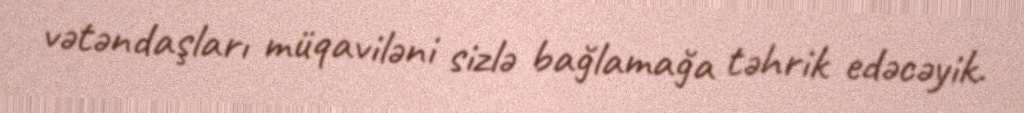
vətəndaşları müqaviləni sizlə bağlamağa təhrik edəcəyik.